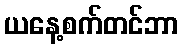
ယနေ့စက်တင်ဘာ